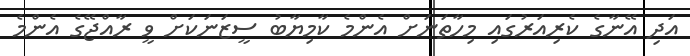
އަދި އޭނާގެ ކެރިއަރުގައި މިހާތަނަށް އެންމެ ކާމިޔާބު ސީޒަނަކަށް ވީ ރާއްޖޭގެ އެންމެ